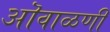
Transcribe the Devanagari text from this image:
ऒवाळणी